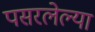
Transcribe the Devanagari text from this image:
पसरलेल्‍या